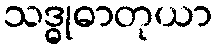
သဒ္ဓုဓာတုယာ